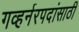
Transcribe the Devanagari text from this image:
गव्हर्नरपदांसाठी